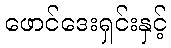
ဖောင်ဒေးရှင်းနှင့်